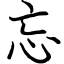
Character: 忘